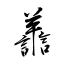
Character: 譱